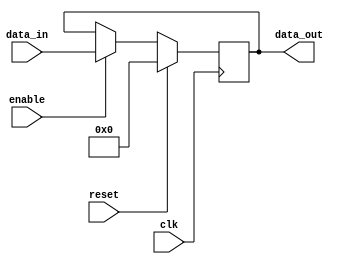
`timescale 1ns / 1ps

module RV_pipe_register#(

    parameter DATAW  = 8,
    parameter RESETW = DATAW,
    parameter DEPTH  = 1

)(
    
    input  wire clk,
    input  wire reset,
    input  wire enable,
    input  wire [DATAW-1:0] data_in,
    output wire [DATAW-1:0] data_out
    
);

    generate
    
        if(DEPTH == 0)
        begin
            
            //Indicate that this varaibles are unused to prevent compiler warnings
            always @(clk) begin end
            always @(clk) begin end
            always @(clk) begin end
            
            assign data_out = data_in;
            
        end  
        else if(DEPTH == 1)
        begin
        
            //single-stage pipline
            if(RESETW == 0)
            begin
            
                //The system is not resetable
                always @(reset) begin end
                reg [DATAW-1 : 0] value;
                
                always@(posedge clk)
                begin
                
                    if(enable)begin
                    
                        value <= data_in;
                    
                    end
                
                end
                
                assign data_out = value;
            
            end
            else if(RESETW == DATAW)
            begin
                
                //All the reg bits are resetable
                reg [DATAW-1 : 0] value;
                
                always@(posedge clk)
                begin
                
                    if(reset)begin
                    
                        value <= {RESETW{1'b0}};
                    
                    end
                    else if(enable)begin
                    
                        value <= data_in;
                    
                    end
                
                end
                
                assign data_out = value;
                
            end
            else begin
            
                //0 < RESETW < DATAW
                //only part of register bits is resetable
                reg [DATAW-RESETW-1 : 0] value_d;
                reg [RESETW-1 : 0]       value_r;
                
                always@(posedge clk)
                begin
                
                    if(reset) begin
                        
                        value_r <= {RESETW{1'b0}};
                    
                    end
                    else if(enable) begin
                    
                        value_r <= data_in[DATAW-1:DATAW-RESETW]; // Register most significant bits
                    
                    end
                
                end
                
                always@(posedge clk)
                begin
                
                    if(enable) 
                    begin
                    
                        value_d <=  data_in[DATAW-RESETW-1:0]; // Register Least significant bits
                    
                    end
                
                end
                
                assign data_out = {value_r , value_d};
            
            end
        
        end
        else begin
        
            // Multiple pipeline stages using a shift register
            RV_shift_register #(
                .DATAW  (DATAW),
                .RESETW (RESETW),
                .DEPTH  (DEPTH)
            ) shift_reg (
                .clk      (clk),
                .reset    (reset),
                .enable   (enable),
                .data_in  (data_in),
                .data_out (data_out)
            );  
        
        end
        
    endgenerate


endmodule